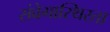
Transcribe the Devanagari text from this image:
संवेगास्थिरता